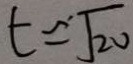
t = \sqrt { 2 0 }